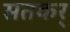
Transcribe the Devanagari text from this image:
सतकर्